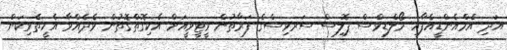
އަދި އެމްއެންޑީއެފާއި މޯލްޑިވްސް ޕޮލިސް ސަރވިސްގެ ފަރާތުން ވީޓީވީއަށް އެކިގޮތްގޮތުން ވެދެއްވާ އެހީތެރިކަން